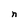
Character: n